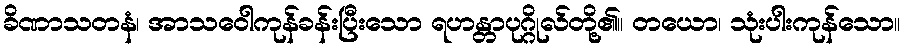
ခိဏာသတနံ၊ အာသဝေါကုန်ခန်းပြီးသော ရဟန္တာပုဂ္ဂိုလ်တို့၏။ တယော၊ သုံးပါးကုန်သော။